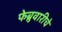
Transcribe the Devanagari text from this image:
फेब्रुवारीचे